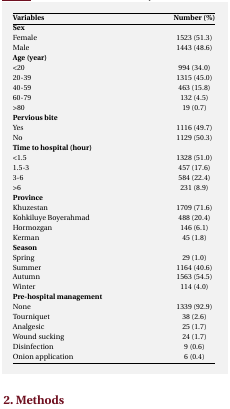
| Variables | Number (%) |
 | --- | --- |
 | Sex |  |
 | Female | 1523 (51.3) |
 | Male | 1443 (48.6) |
 | Age (year) |  |
 | <20 | 994 (34.0) |
 | 20-39 | 1315 (45.0) |
 | 40-59 | 463 (15.8) |
 | 60-79 | 132 (4.5) |
 | >80 | 19 (0.7) |
 | Pervious sting |  |
 | Yes | 1116 (49.7) |
 | No | 1129 (50.3) |
 | Time to hospital (hour) |  |
 | <1.5 | 1328 (51.0) |
 | 1.5-3 | 457 (17.6) |
 | 3-6 | 584 (22.4) |
 | >6 | 231 (8.9) |
 | Province |  |
 | Khuzestan | 1709 (71.6) |
 | Kohkiluye Boyerahmad | 488 (20.4) |
 | Hormozgan | 146 (6.1) |
 | Kerman | 45 (1.8) |
 | Season |  |
 | Spring | 29 (1.0) |
 | Summer | 1164 (40.6) |
 | Autumn | 1563 (54.5) |
 | Winter | 114 (4.0) |
 | Pre-hospital management |  |
 | None | 1339 (92.9) |
 | Tourniquet | 38 (2.6) |
 | Analgesic | 25 (1.7) |
 | Wound sucking | 24 (1.7) |
 | Disinfection | 9 (0.6) |
 | Onion application | 6 (0.4) |